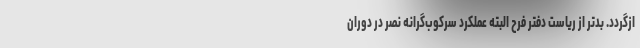
ازگردد. بدتر از ریاست دفتر فرح البته عملکرد سرکوب‌گرانه نصر در دوران